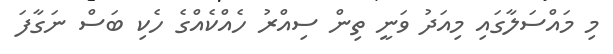
މި މައްސަލާގައި މިއަދު ވަނީ ތިން ސިއްރު ހެއްކެއްގެ ހެކި ބަސް ނަގާފަ